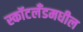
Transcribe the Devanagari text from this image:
स्कॉटलँडमधील